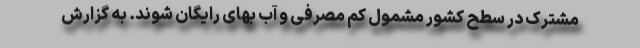
مشترک در سطح کشور مشمول کم‌ مصرفی و آب بهای رایگان شوند. به گزارش